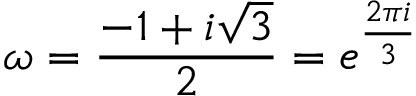
\omega = { \frac { - 1 + i { \sqrt { 3 } } } { 2 } } = e ^ { \frac { 2 \pi i } { 3 } }